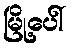
မြို့ပေါ်